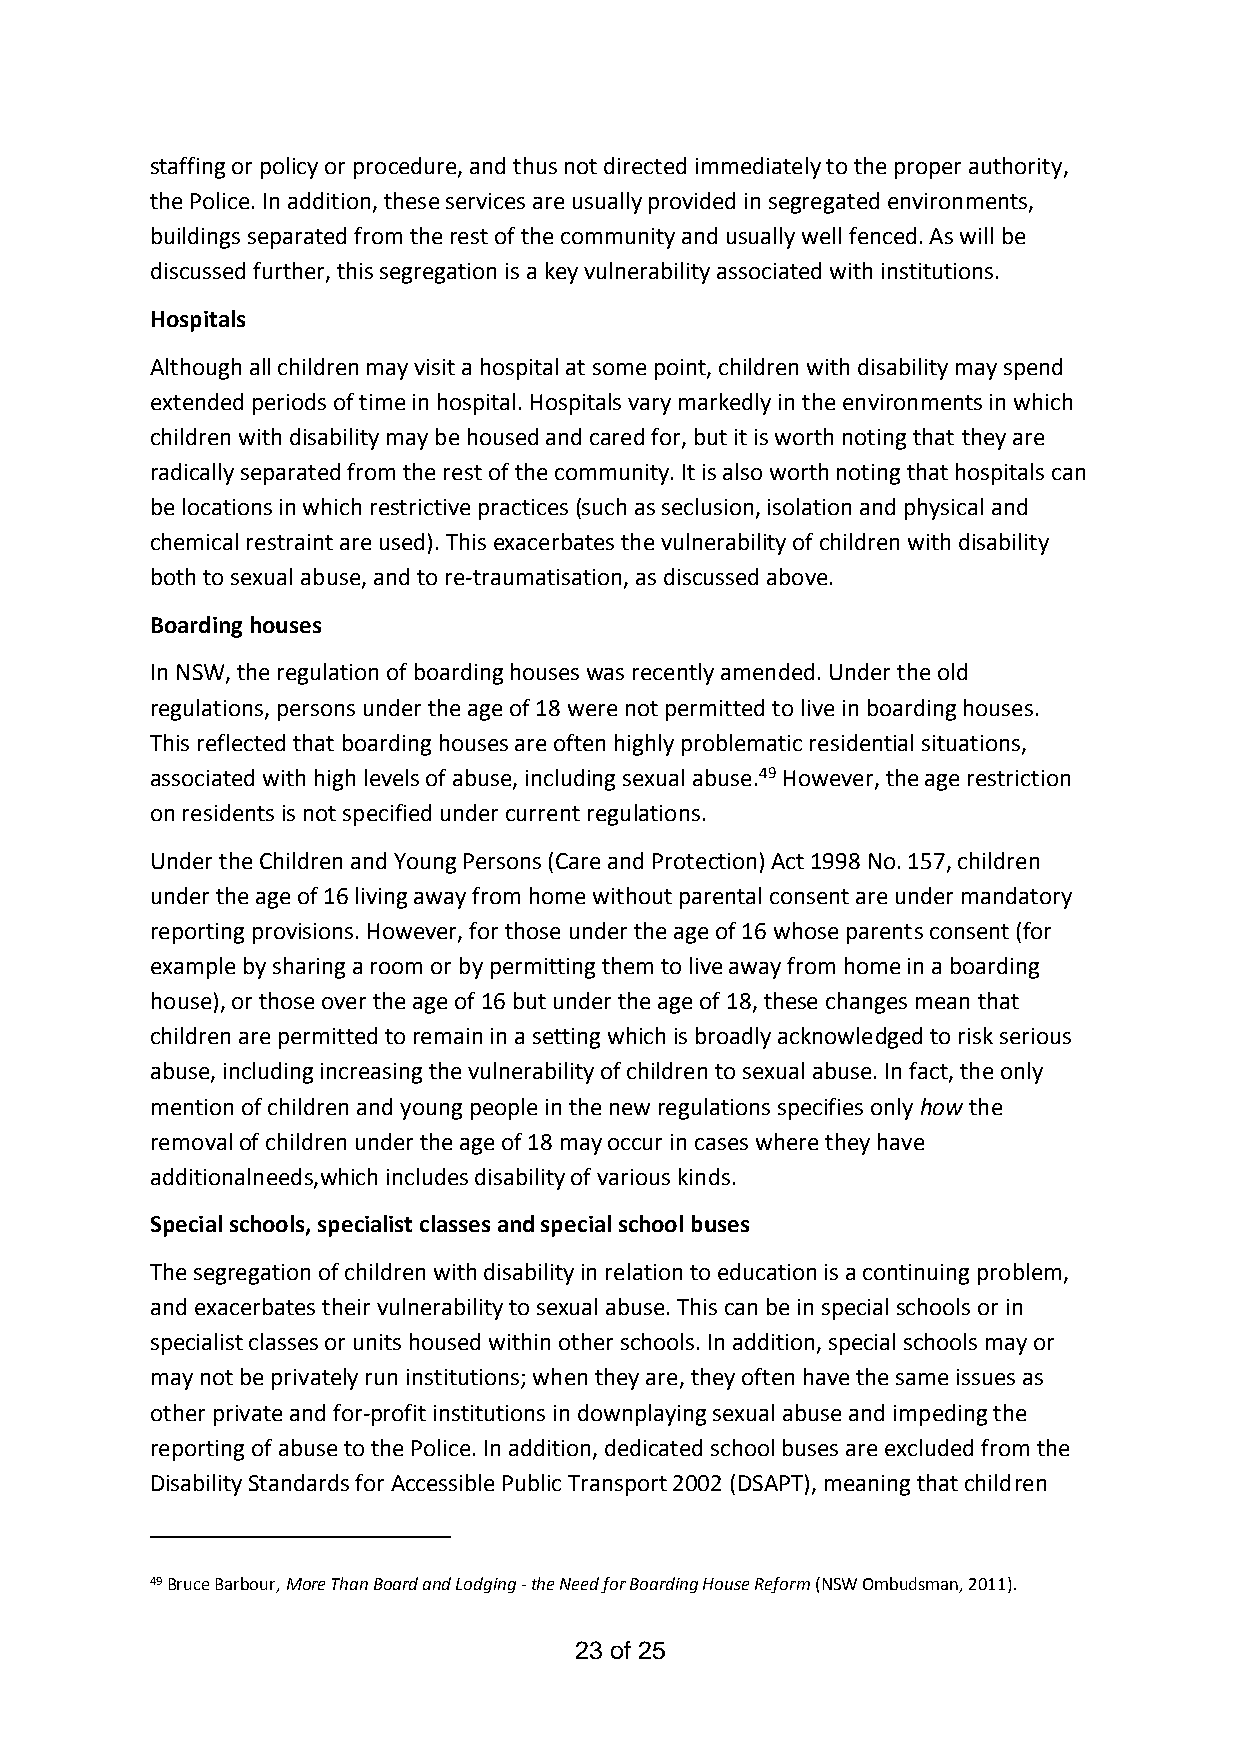
staffing or policy or procedure, and thus not directed immediately to the proper authority,
 the Police. In addition, these services are usually provided in segregated environments,
 buildings separated from the rest of the community and usually well fenced. As will be
 discussed further, this segregation is a key vulnerability associated with institutions.
 Hospitals
 Although all children may visit a hospital at some point, children with disability may spend
 extended periods of time in hospital. Hospitals vary markedly in the environments in which
 children with disability may be housed and cared for, but it is worth noting that they are
 radically separated from the rest of the community. It is also worth noting that hospitals can
 be locations in which restrictive practices (such as seclusion, isolation and physical and
 chemical restraint are used). This exacerbates the vulnerability of children with disability
 both to sexual abuse, and to re-traumatisation, as discussed above.
 Boarding houses
 In NSW, the regulation of boarding houses was recently amended. Under the old
 regulations, persons under the age of 18 were not permitted to live in boarding houses.
 This reflected that boarding houses are often highly problematic residential situations,
 associated with high levels of abuse, including sexual abuse.49 However, the age restriction
 on residents is not specified under current regulations.
 Under the Children and Young Persons (Care and Protection) Act 1998 No. 157, children
 under the age of 16 living away from home without parental consent are under mandatory
 reporting provisions. However, for those under the age of 16 whose parents consent (for
 example by sharing a room or by permitting them to live away from home in a boarding
 house), or those over the age of 16 but under the age of 18, these changes mean that
 children are permitted to remain in a setting which is broadly acknowledged to risk serious
 abuse, including increasing the vulnerability of children to sexual abuse. In fact, the only
 mention of children and young people in the new regulations specifies only how the
 removal of children under the age of 18 may occur in cases where they have
 additionalneeds,which includes disability of various kinds.
 Special schools, specialist classes and special school buses
 The segregation of children with disability in relation to education is a continuing problem,
 and exacerbates their vulnerability to sexual abuse. This can be in special schools or in
 specialist classes or units housed within other schools. In addition, special schools may or
 may not be privately run institutions; when they are, they often have the same issues as
 other private and for-profit institutions in downplaying sexual abuse and impeding the
 reporting of abuse to the Police. In addition, dedicated school buses are excluded from the
 Disability Standards for Accessible Public Transport 2002 (DSAPT), meaning that children
 49 Bruce Barbour, More Than Board and Lodging - the Need for Boarding House Reform (NSW Ombudsman, 2011).
 23 of 25